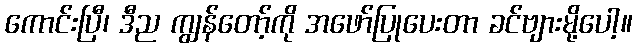
ကောင်းပြီ၊ ဒီည ကျွန်တော့်ကို အဖော်ပြုပေးတာ ခင်ဗျားမို့ပေါ့။